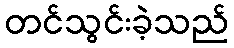
တင်သွင်းခဲ့သည်